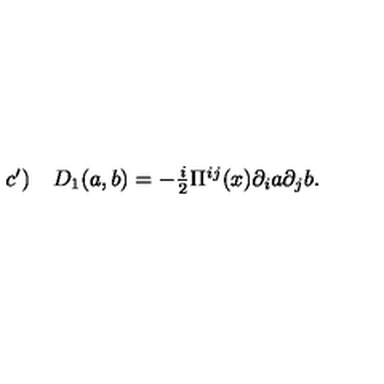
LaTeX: \begin{array} { l r } { c ^ { \prime } ) } & { D _ { 1 } ( a , b ) = - \frac { i } 2 \Pi ^ { i j } ( x ) \partial _ { i } a \partial _ { j } b . } \\ \end{array}